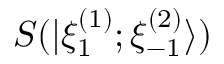
S ( | \xi _ { 1 } ^ { ( 1 ) } ; \xi _ { - 1 } ^ { ( 2 ) } \rangle )